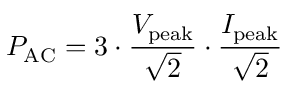
P _ { \mathrm { A C } } = 3 \cdot { \frac { V _ { \mathrm { p e a k } } } { \sqrt { 2 } } } \cdot { \frac { I _ { \mathrm { p e a k } } } { \sqrt { 2 } } }